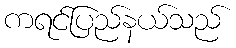
ကရင်ပြည်နယ်သည်